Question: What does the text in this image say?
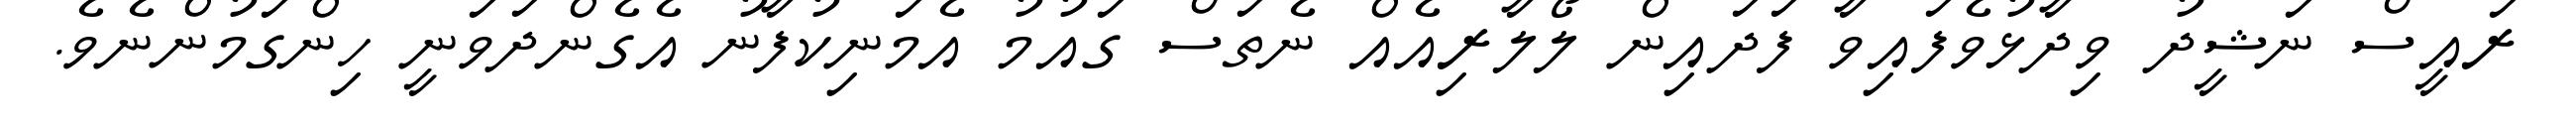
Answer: ރައީސް ނަޝީދު ވިދާޅުވެފައިވާ ފަދައިން ލޯލާރިއެއް ނެތަސް ގައުމު އެމަނިކުފާނު އެގެންދަވަނީ ހިންގަމުންނެވެ.